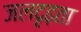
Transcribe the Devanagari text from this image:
जलदृढ़ता